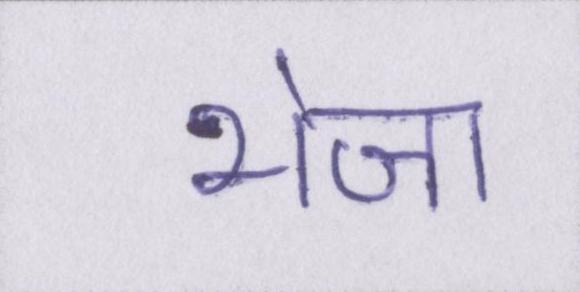
भेजा